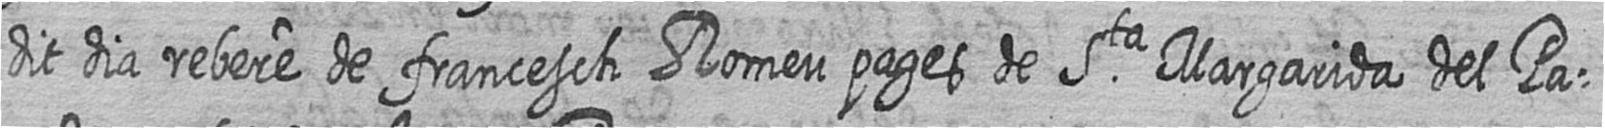
dit dia rebere de francesch Romeu pages de Sta Margarida del Pa=